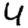
Digit: 4